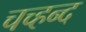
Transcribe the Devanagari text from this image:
चच्हन्द